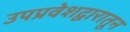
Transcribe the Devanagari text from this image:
उपप्रवेशद्वारातून